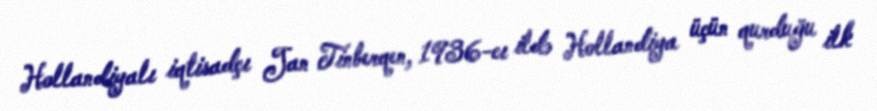
Hollandiyalı iqtisadçı Jan Tinberqen, 1936-cı ildə Hollandiya üçün qurduğu ilk